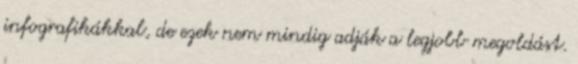
infografikákkal, de ezek nem mindig adják a legjobb megoldást.